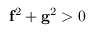
\mathbf f ^ { 2 } + \mathbf g ^ { 2 } > 0